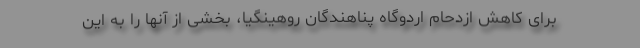
برای کاهش ازدحام اردوگاه پناهندگان روهینگیا، بخشی از آنها را به این